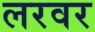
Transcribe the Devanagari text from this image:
लरवर